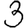
Digit: 3